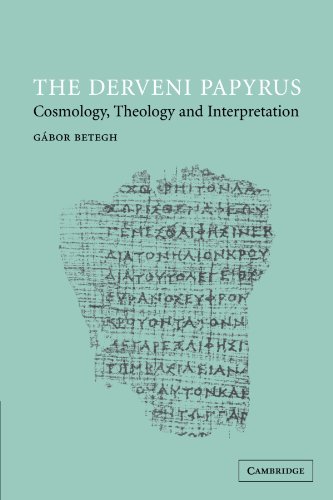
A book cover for The Derveni Papyrus: Cosmology, Theology and Interpretation; GÃ¡bor Betegh; Literature & Fiction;